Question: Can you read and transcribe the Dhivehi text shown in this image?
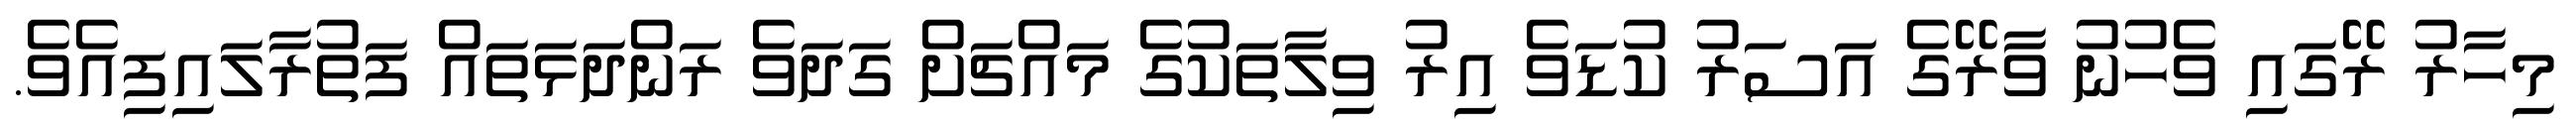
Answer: މިހާރު ރޭގައި ވެހުނު ވާރޭގެ އަސަރު ކުޑަވެ އިރު ވިލާތަކުގެ މައްޗަށް ގަދަވެ ރަންދަޅަތައް ފަތުރާލައިފިއެވެ.